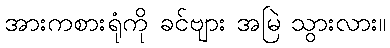
အားကစားရုံကို ခင်ဗျား အမြဲ သွားလား။